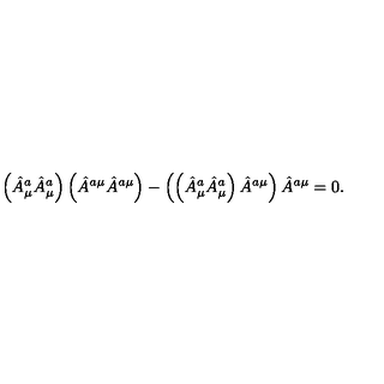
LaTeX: \left( \hat { A } _ { \mu } ^ { a } \hat { A } _ { \mu } ^ { a } \right) \left( \hat { A } ^ { a \mu } \hat { A } ^ { a \mu } \right) - \left( \left( \hat { A } _ { \mu } ^ { a } \hat { A } _ { \mu } ^ { a } \right) \hat { A } ^ { a \mu } \right) \hat { A } ^ { a \mu } = 0 .